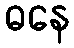
ဓနေ